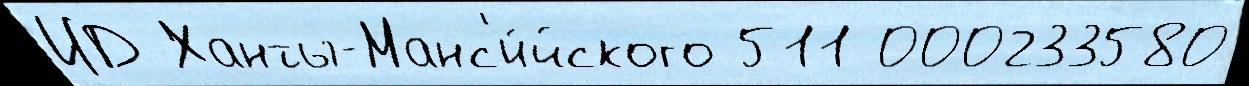
ИД Ханты-Манс'и́йского 511 000233580